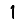
Digit: 1